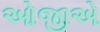
ઓજીએ